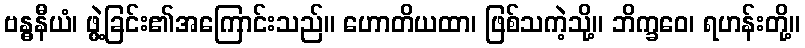
ဗန္ဓနီယံ၊ ဖွဲ့ခြင်း၏အကြောင်းသည်။ ဟောတိယထာ၊ ဖြစ်သကဲ့သို့။ ဘိက္ခဝေ၊ ရဟန်းတို့။